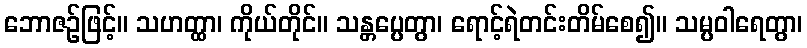
ဘောဇဉ်ဖြင့်။ သဟတ္ထာ၊ ကိုယ်တိုင်။ သန္တပ္ပေတွာ၊ ရောင့်ရဲတင်းတိမ်စေ၍။ သမ္ပဝါရေတွာ၊